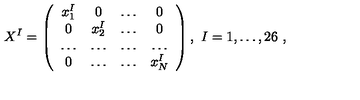
X ^ { I } = \left( \begin{array} { c c c c } { x _ { 1 } ^ { I } } & { 0 } & { \dots } & { 0 } \\ { 0 } & { x _ { 2 } ^ { I } } & { \dots } & { 0 } \\ { \dots } & { \dots } & { \dots } & { \dots } \\ { 0 } & { \dots } & { \dots } & { x _ { N } ^ { I } } \\ \end{array} \right) , \ I = 1 , \dots , 2 6 \ ,